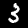
Digit: 3